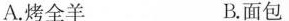
A.烤全羊 B.面包